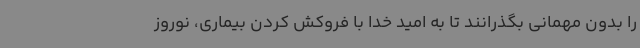
را بدون مهمانی بگذرانند تا به امید خدا با فروکش کردن بیماری، نوروز